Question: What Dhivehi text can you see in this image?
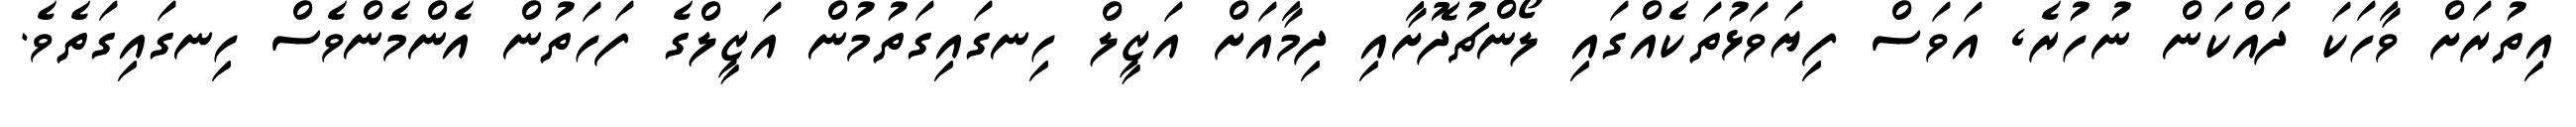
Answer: އިތުރަށް ވާހަކަ ދައްކަން ނުހުރެ, އަވަސް ފިޔަވަޅުތަކެއްގައި ލޯންޗުދޮށާއި ދިމާއަށް އަޒީލް ހިނގައިގަތުމުން އަޒީލްގެ ފަހަތުން އެންމެންވެސް ހިނގައިގަތެވެ.